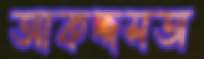
আকদ্দসঅ